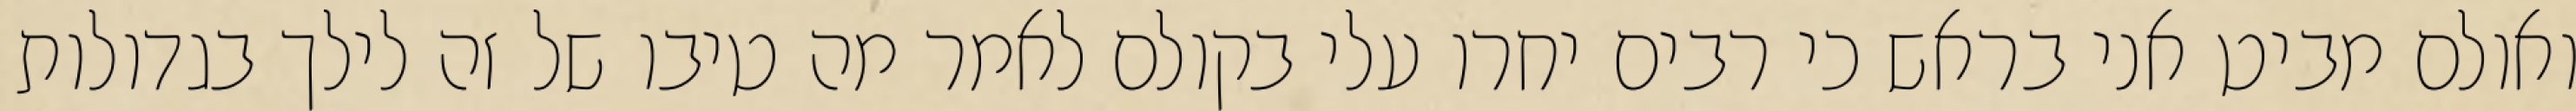
ואולם מביט אני בראש כי רבים יחרו עלי בקולם לאמר מה טיבו של זה לילך בגדולות